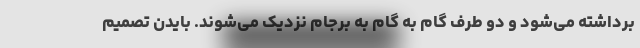
برداشته می‌شود و دو طرف گام به گام به برجام نزدیک می‌شوند. بایدن تصمیم